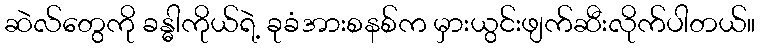
ဆဲလ်တွေကို ခန္ဓါကိုယ်ရဲ့ ခုခံအားစနစ်က မှားယွင်းဖျက်ဆီးလိုက်ပါတယ်။